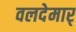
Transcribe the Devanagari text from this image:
वलदेमार्